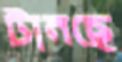
টানছে